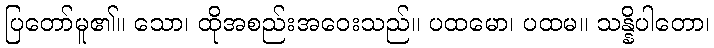
ပြတော်မူ၏။ သော၊ ထိုအစည်းအဝေးသည်။ ပထမော၊ ပထမ။ သန္နိပါတော၊